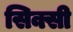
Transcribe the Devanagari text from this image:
सिक्सी